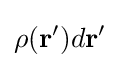
\rho (\mathbf {r} ')d\mathbf {r} '